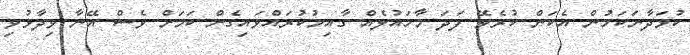
ކުޅަދާނަކަމުން އެކަން ކުރެވޭ ފަދަ މާހައުލެއް ގާއިމުކުރައްވައިގެން ކަމަށް ވެސް އޭނާ ވިދާޅުވި